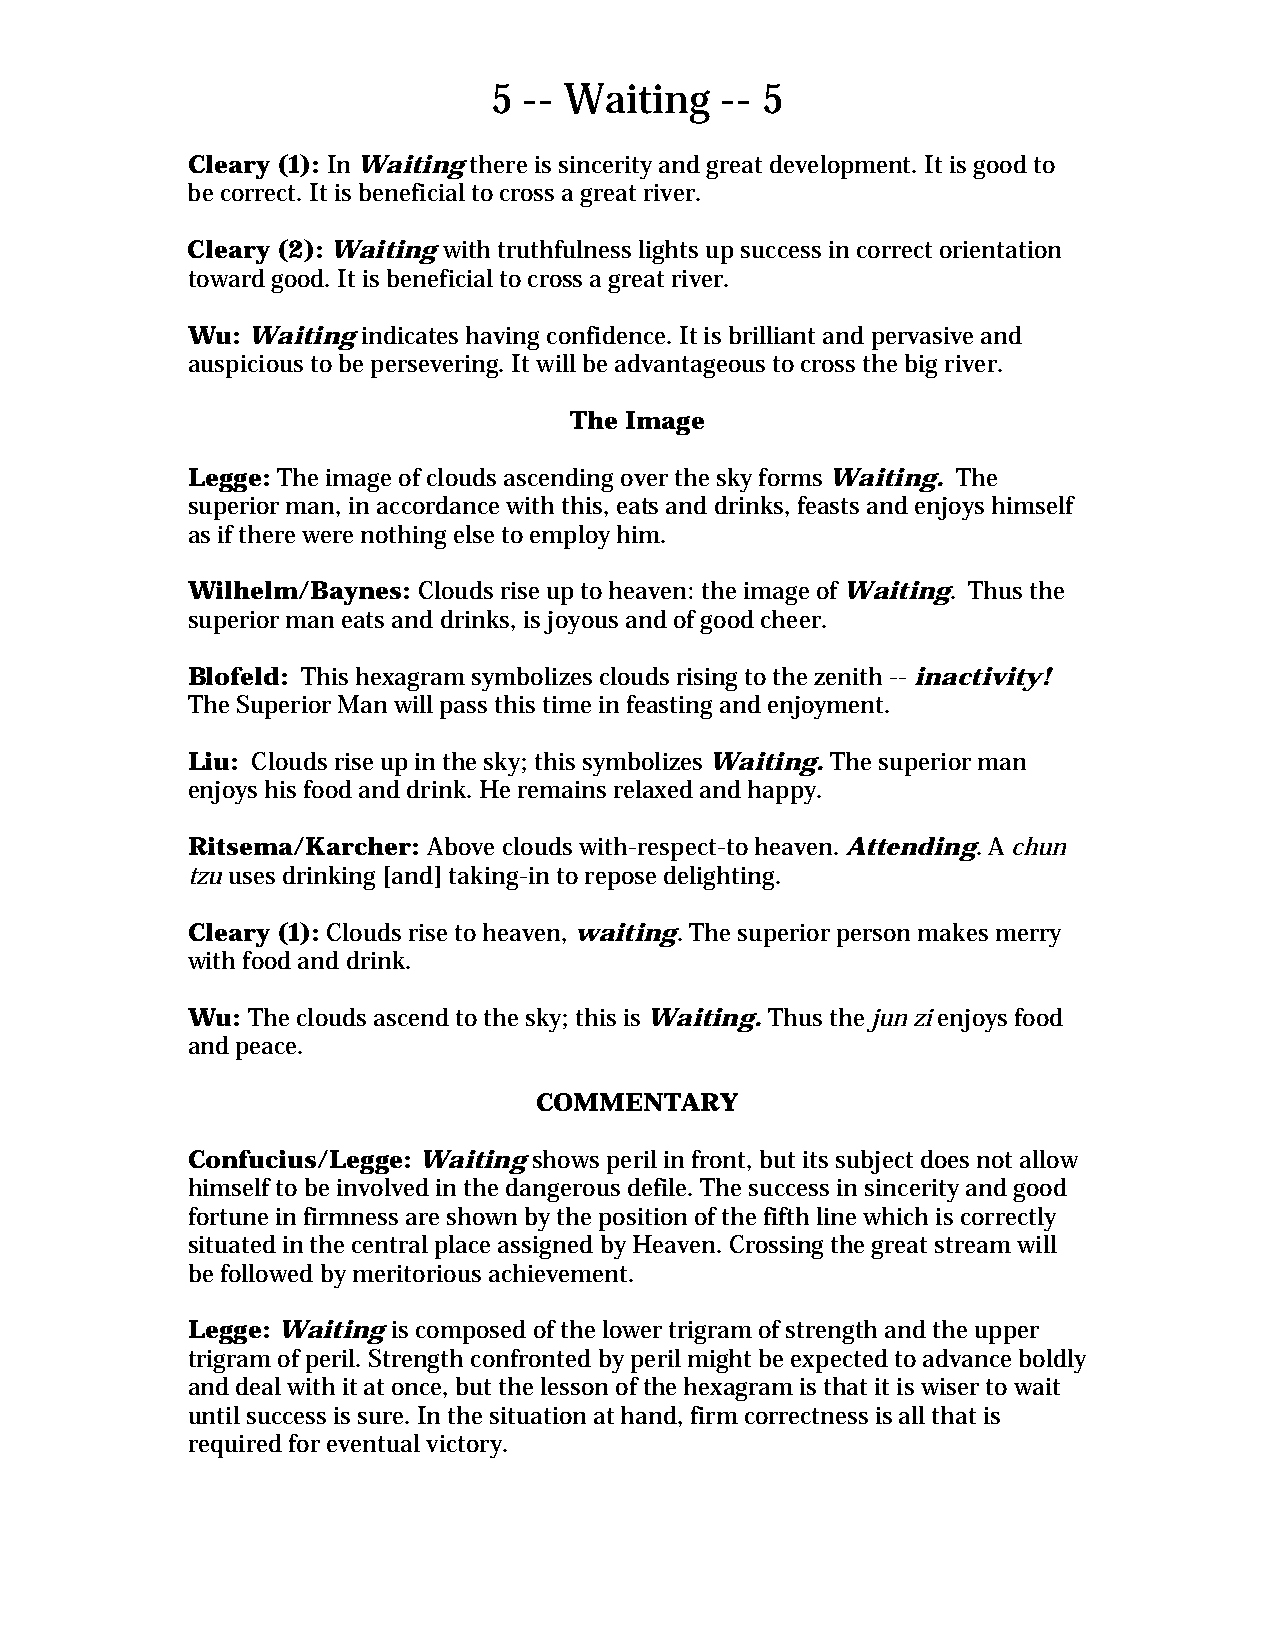
5 -- Waiting   -- 5
 Cleary (1): In Waiting there is sincerity and great development. It is good to
 be correct. It is beneficial to cross a great river.
 Cleary (2): Waiting with truthfulness lights up success in correct orientation
 toward good. It is beneficial to cross a great river.
 Wu: Waiting indicates having confidence. It is brilliant and pervasive and
 auspicious to be persevering. It will be advantageous to cross the big river.
 The Image
 Legge: The image of clouds ascending over the sky forms Waiting. The
 superior man, in accordance with this, eats and drinks, feasts and enjoys himself
 as if there were nothing else to employ him.
 Wilhelm/Baynes: Clouds rise up to heaven: the image of Waiting. Thus the
 superior man eats and drinks, is joyous and of good cheer.
 Blofeld: This hexagram symbolizes clouds rising to the zenith -- inactivity!
 The Superior Man will pass this time in feasting and enjoyment.
 Liu: Clouds rise up in the sky; this symbolizes Waiting. The superior man
 enjoys his food and drink. He remains relaxed and happy.
 Ritsema/Karcher: Above clouds with-respect-to heaven. Attending. A chun
 tzu uses drinking [and] taking-in to repose delighting.
 Cleary (1): Clouds rise to heaven, waiting. The superior person makes merry
 with food and drink.
 Wu: The clouds ascend to the sky; this is Waiting. Thus the jun zi enjoys food
 and peace.
 COMMENTARY
 Confucius/Legge: Waiting shows peril in front, but its subject does not allow
 himself to be involved in the dangerous defile. The success in sincerity and good
 fortune in firmness are shown by the position of the fifth line which is correctly
 situated in the central place assigned by Heaven. Crossing the great stream will
 be followed by meritorious achievement.
 Legge: Waiting is composed of the lower trigram of strength and the upper
 trigram of peril. Strength confronted by peril might be expected to advance boldly
 and deal with it at once, but the lesson of the hexagram is that it is wiser to wait
 until success is sure. In the situation at hand, firm correctness is all that is
 required for eventual victory.